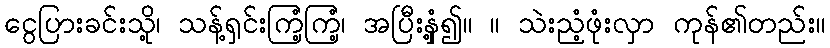
ငွေပြားခင်းသို့၊ သန့်ရှင်းကြံ့ကြံ့၊ အပြီးနှံ့၍။ ။ သဲးညံ့ဖုံးလှာ ကုန်၏တည်း။